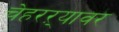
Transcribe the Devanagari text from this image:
चेहरऱ्यावर